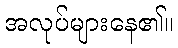
အလုပ်များနေ၏။